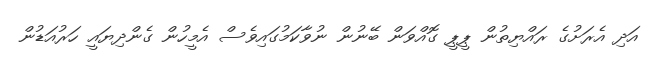
އަދި އެރަށުގެ ރައްޔިތުން ޕީޕީ ގޮއްވަން ބޭނުން ނުވާކަމުގައިވެސް އެމީހުން ގެންދިޔައީ ހަރުއަޑުން